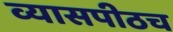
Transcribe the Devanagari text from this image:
व्यासपीठच